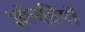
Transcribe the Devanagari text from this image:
झोपडि़यों